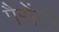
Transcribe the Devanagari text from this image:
पैरोंटो